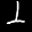
Label: 1